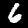
Label: 6